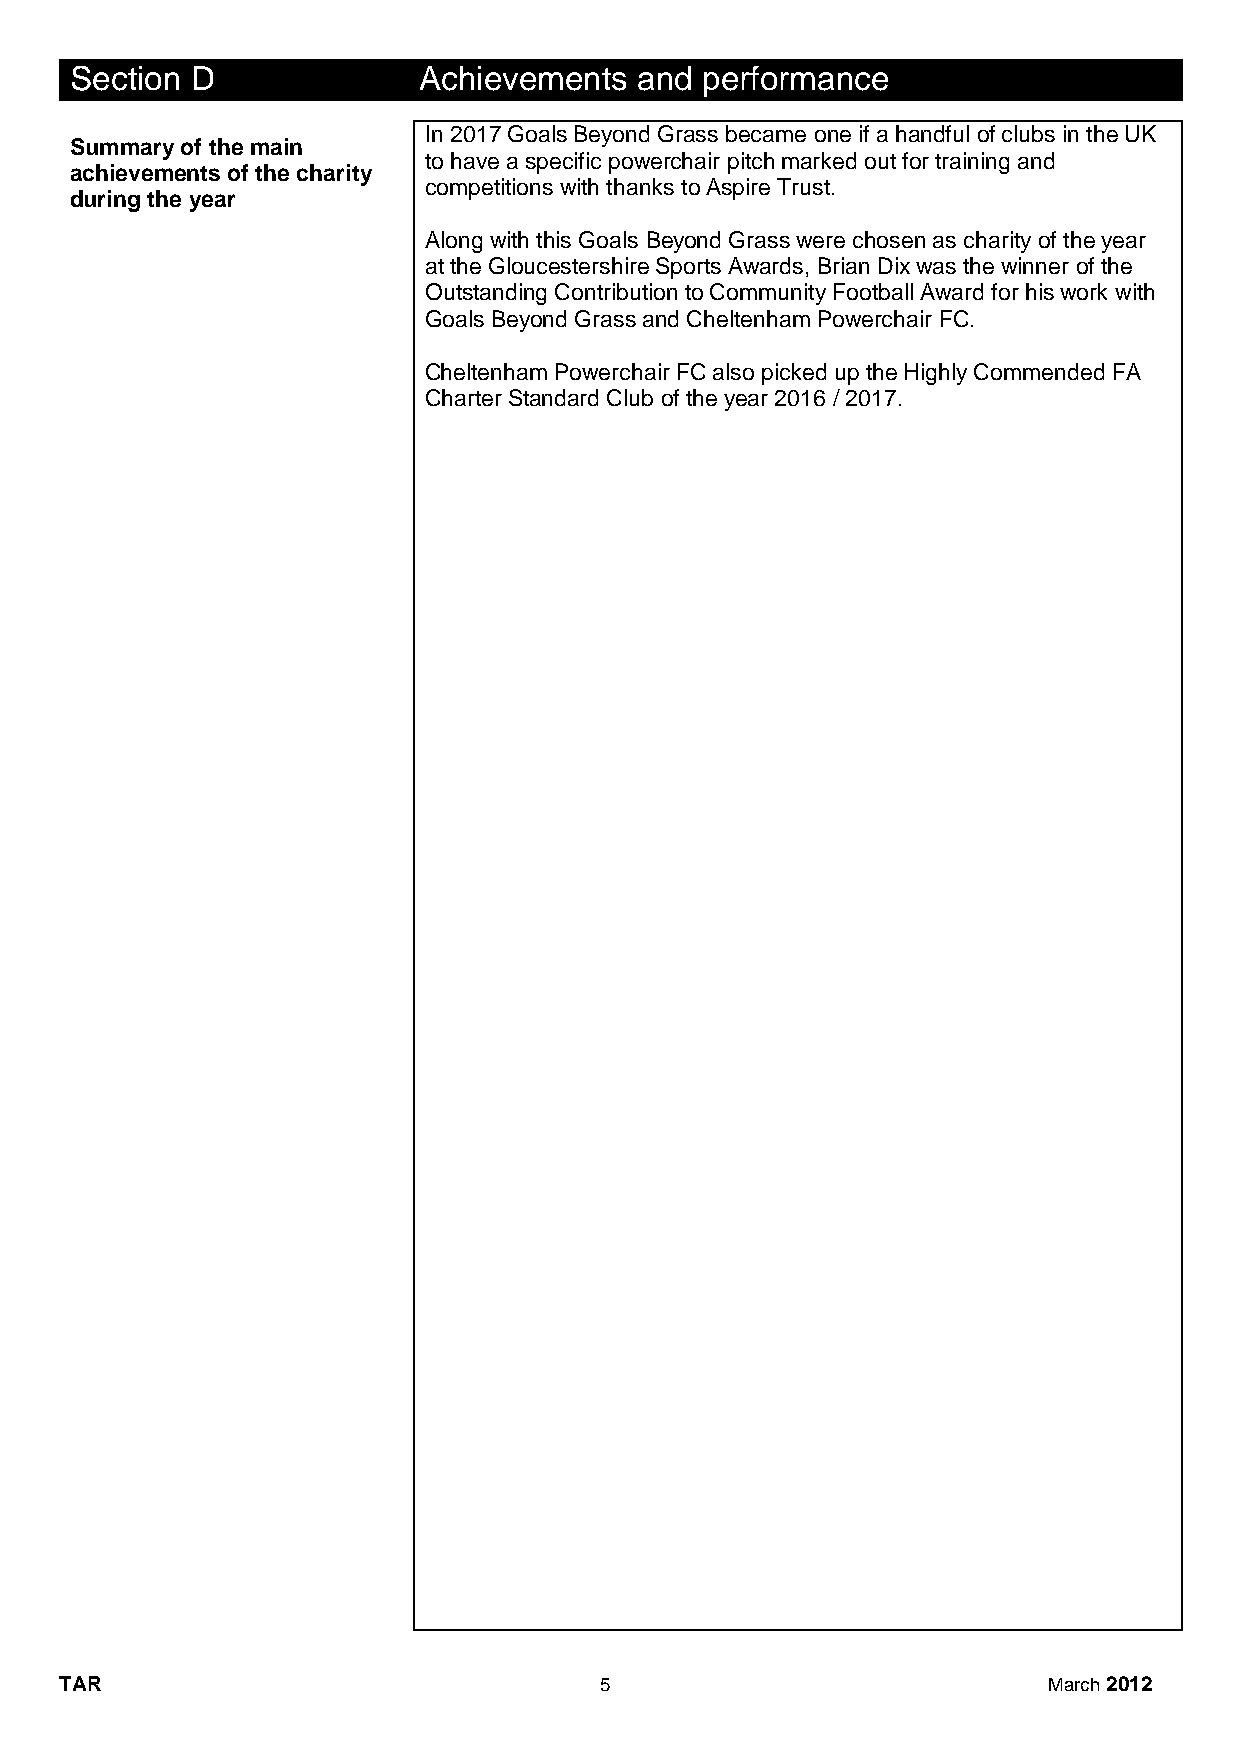
Section D              Achievements  and performance
 In 2017 Goals Beyond Grass became one if a handful of clubs in the UK
 Summary of the main
 to have a specific powerchair pitch marked out for training and
 achievements of the charity
 competitions with thanks to Aspire Trust.
 during the year
 Along with this Goals Beyond Grass were chosen as charity of the year
 at the Gloucestershire Sports Awards, Brian Dix was the winner of the
 Outstanding Contribution to Community Football Award for his work with
 Goals Beyond Grass and Cheltenham Powerchair FC.
 Cheltenham Powerchair FC also picked up the Highly Commended FA
 Charter Standard Club of the year 2016 / 2017.
 TAR                                 5                            March 2012